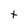
Character: t